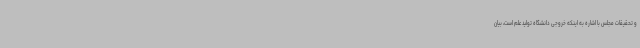
و تحقیقات مجلس با اشاره به اینکه خروجی دانشگاه تولید علم است، بیان